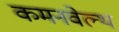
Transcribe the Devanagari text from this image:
कमनवेल्थ